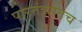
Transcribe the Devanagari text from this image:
पारतंत्र्यातच